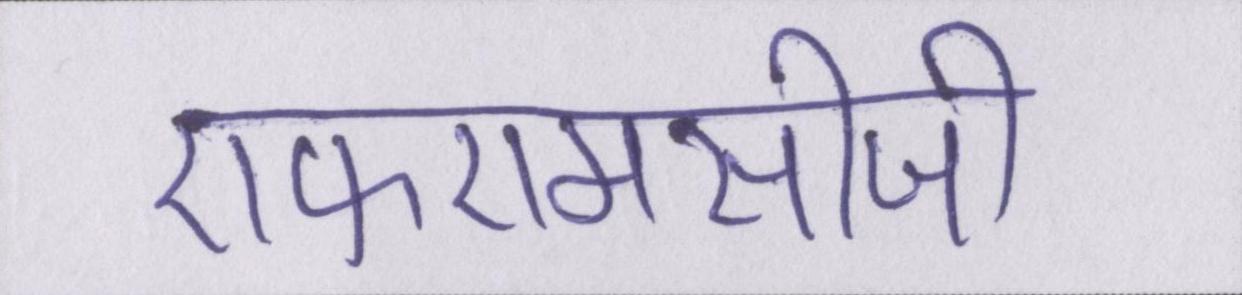
एफएमसीजी